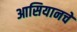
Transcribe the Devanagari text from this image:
आसियानचे